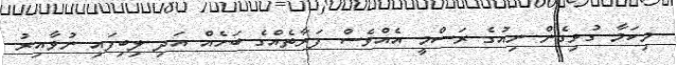
މިކަމާ ގުޅިގެން ނިއުގެ ރަސްމީ އެއްވެސް ފަރާތެއްގެ ބަހެއް އަދި ލިބިފައި ނުވާއިރު